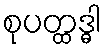
စုပတ္ထဒ္ဓါ